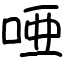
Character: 唖